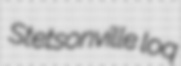
Stetsonville loq